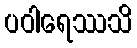
ပဝါရေဿသိ